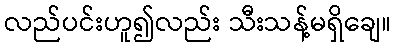
လည်ပင်းဟူ၍လည်း သီးသန့်မရှိချေ။